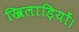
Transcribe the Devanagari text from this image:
खिलाड़ियों।